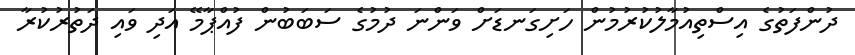
ދުންފަތުގެ އިސްތިއުމާލުކުރުމުން ހަށިގަނޑަށް ވަންނަ ދުމުގެ ސަބަބުން ފުއްޕާމޭ އަދި ވައި ދަތުރުކުރާ